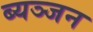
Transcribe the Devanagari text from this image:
ब्यञ्जन